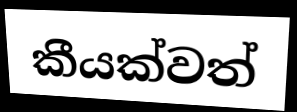
කීයක්වත්